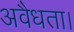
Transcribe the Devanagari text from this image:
अवैधता।